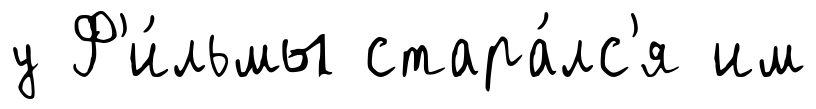
у Ф'и́льмы стара́лс'я им